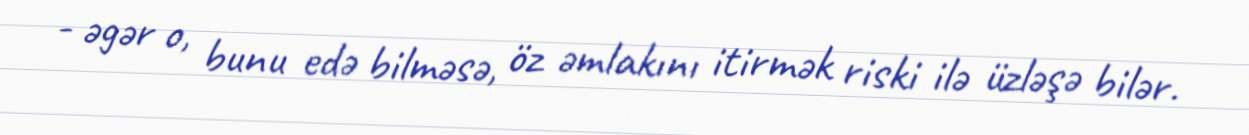
- əgər o, bunu edə bilməsə, öz əmlakını itirmək riski ilə üzləşə bilər.